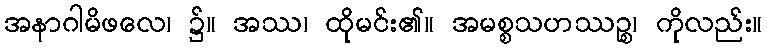
အနာဂါမိဖလေ၊ ၌။ အဿ၊ ထိုမင်း၏။ အမစ္စသဟဿဉ္စ၊ ကိုလည်း။